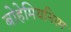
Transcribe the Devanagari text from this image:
बोहेमियनिस्म